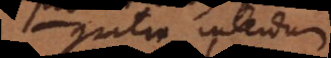
gratia, interdum